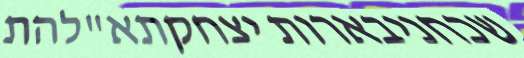
שכחניבארות יצחקתא"להת